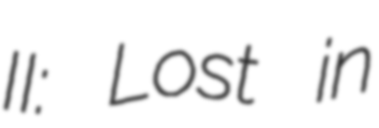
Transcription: II: Lost in